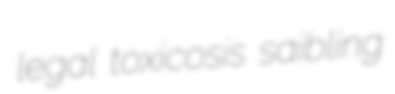
legal toxicosis saibling